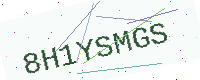
Text: 8H1YSMGS